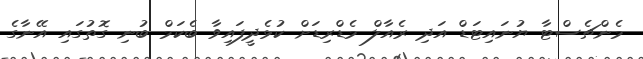
މެންޗެސްޓާ ޔުނައިޓަޑް އަދި ރެއާލް މެޑްރިޑަށް ކުޅެދީފައިވާ ބެކަމް ބުނި ގޮތުގައި އޭނާގެ